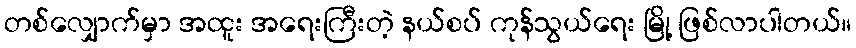
တစ်လျှောက်မှာ အထူး အရေးကြီးတဲ့ နယ်စပ် ကုန်သွယ်ရေး မြို့ ဖြစ်လာပါတယ်။